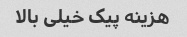
هزینه پیک خیلی بالا